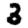
Digit: 3